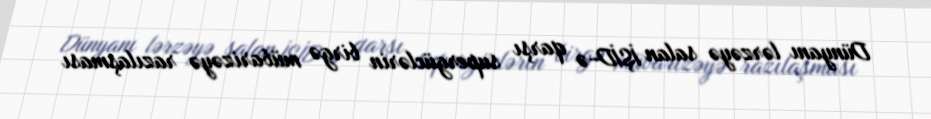
Dünyanı lərzəyə salan İŞİD-ə qarşı supergüclərin birgə mübarizəyə razılaşması